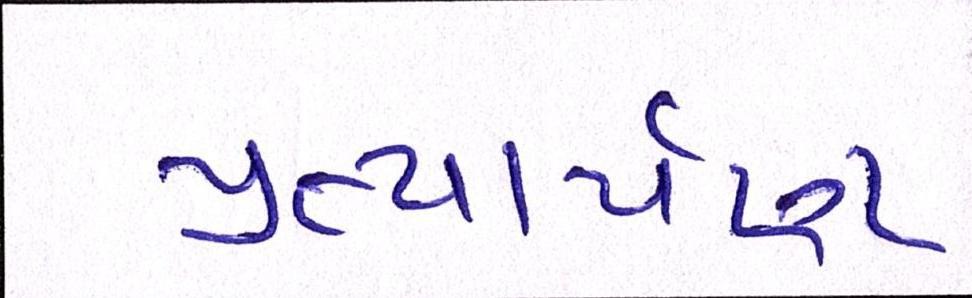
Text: પ્રત્યાર્પણ